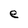
Character: e